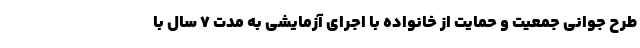
طرح جوانی جمعیت و حمایت از خانواده با اجرای آزمایشی به مدت ۷ سال با